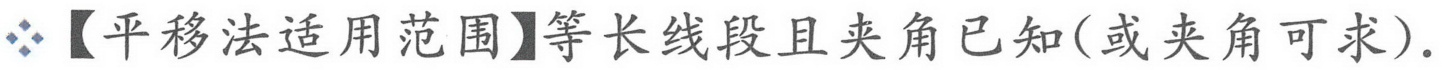
【平移法适用范围】等长线段且夹角已知(或夹角可求).